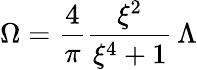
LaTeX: \Omega=\frac{4}{\pi}\frac{\xi^{2}}{\xi^{4}+1}\, \Lambda